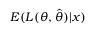
E ( L ( \theta , { \widehat { \theta } } ) | x )